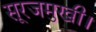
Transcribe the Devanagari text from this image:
सूरजमुखी।